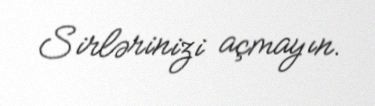
Sirlərinizi açmayın.